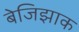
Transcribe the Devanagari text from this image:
बेजिझाक